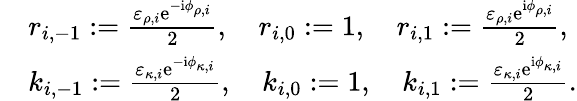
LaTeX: \begin{array}{rl}&{r_{i,-1}:=\frac{\varepsilon_{\rho,i}\mathrm{e}^{-\mathrm{i}\phi_{\rho,i}}}{2},\quad r_{i,0}:=1,\quad r_{i,1}:=\frac{\varepsilon_{\rho,i}\mathrm{e}^{\mathrm{i}\phi_{\rho,i}}}{2},}\\ &{k_{i,-1}:=\frac{\varepsilon_{\kappa,i}\mathrm{e}^{-\mathrm{i}\phi_{\kappa,i}}}{2},\quad k_{i,0}:=1,\quad k_{i,1}:=\frac{\varepsilon_{\kappa,i}\mathrm{e}^{\mathrm{i}\phi_{\kappa,i}}}{2}.}\end{array}